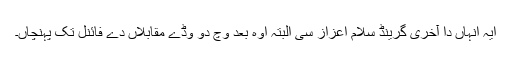
ایہ انہاں دا آخری گرینڈ سلام اعزاز سی البتہ اوہ بعد وچ دو وڈے مقابلاں دے فائنل تک پہنچاں۔